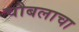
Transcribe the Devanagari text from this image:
चौबलाचा